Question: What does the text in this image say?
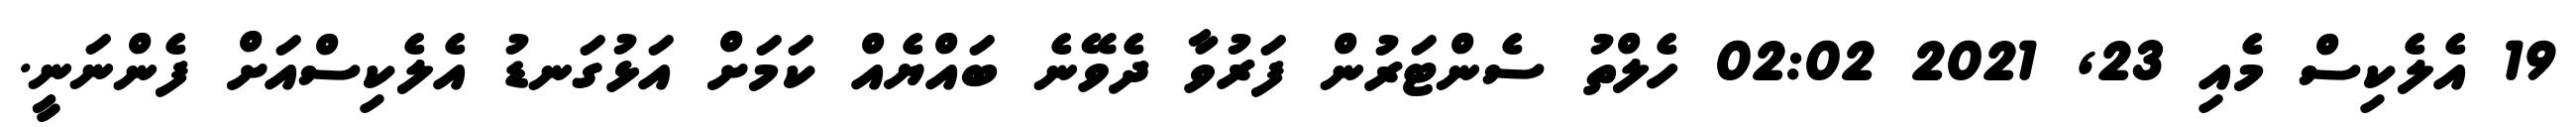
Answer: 19 އެލެކިސް މެއި 23, 2021 02:02 ހެލްތު ސެންޓަރުން ފަރުވާ ދެވޭނެ ބައްޔެއް ކަމަށް އަޅުގަނޑު އެލެކިސްއަށް ފެންނަނީ.